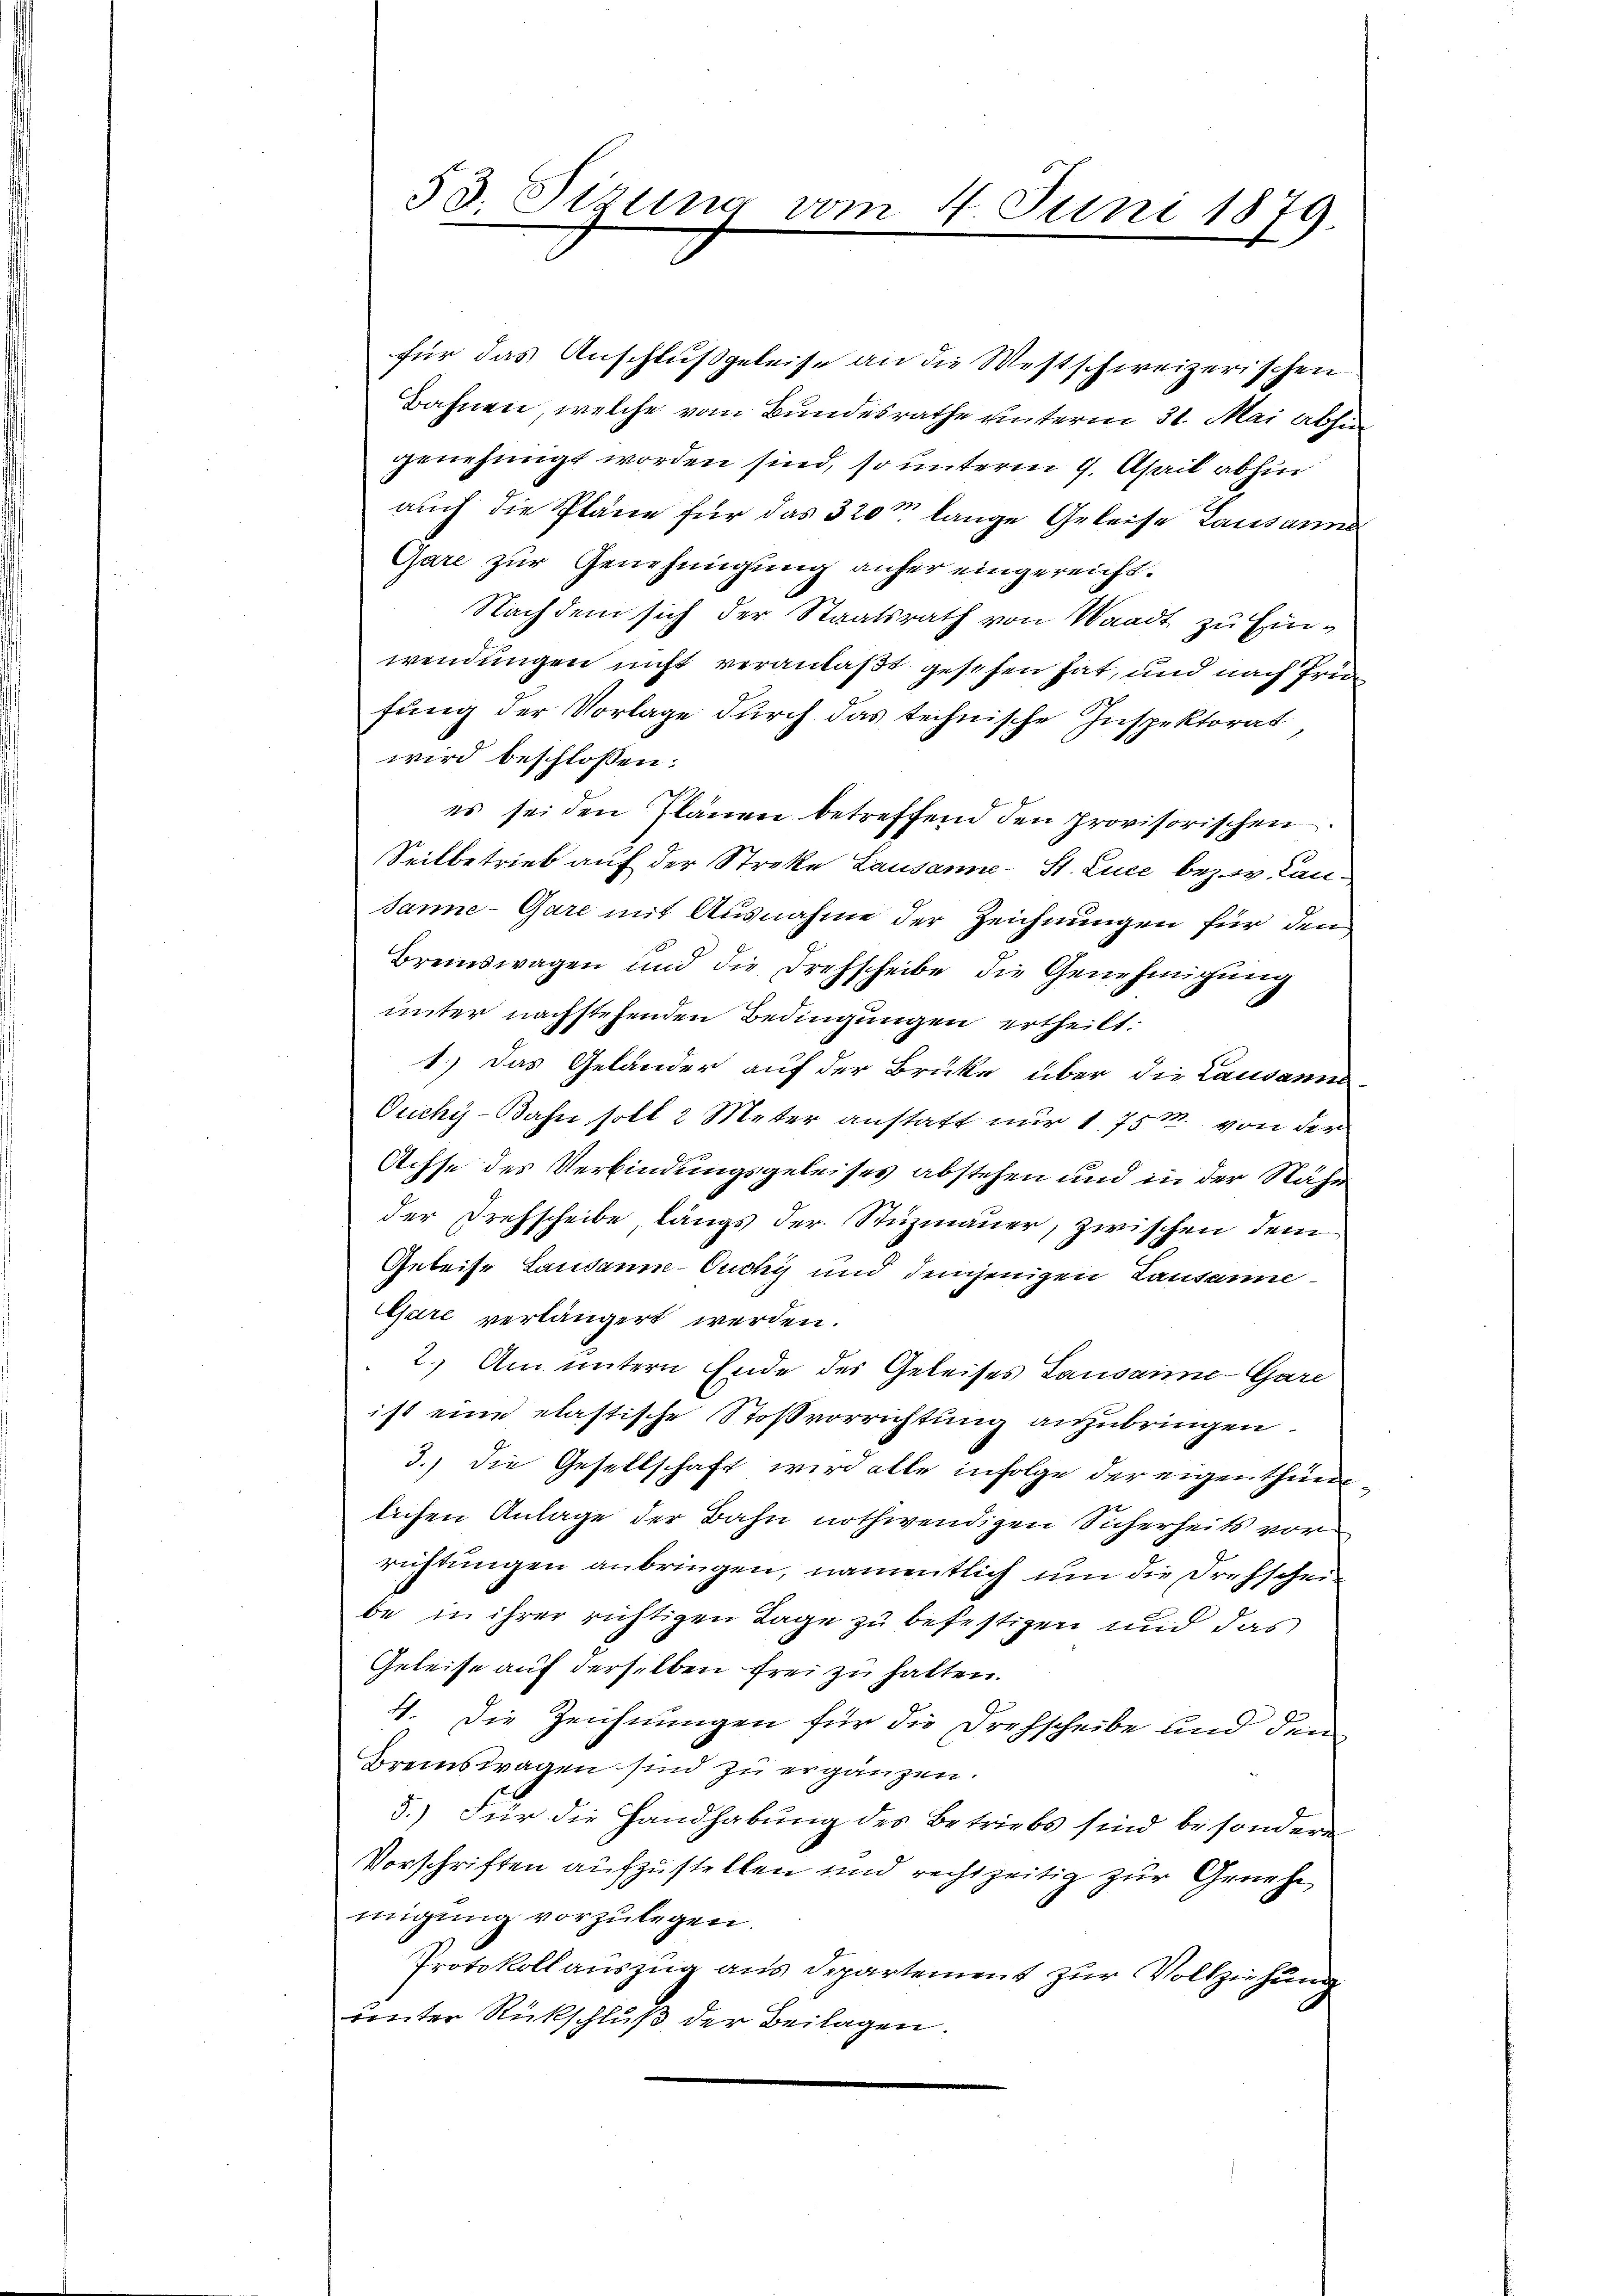
für das Anschluß geleise an die Westschweizerischen
Bahnen, welche vom Bundesrathe unterm 31. Mai abhin
genehmigt worden sind, so unterm 9. April abhin
auch die Pläne für das 320m lange Geleise Lausanne
Gare zur Genehmigung anher eingereicht.
Nachdem sich der Staatsrath von Waadt zu Einwendungen nicht veranlaßt gesehen hat, und nach Frie
fung der Vorlage durch das technische Inspektorat,
wird beschlossen:
es sei den Plänen betreffend den provisorischen
Seilbetrieb auf der Streke Lausanne - St. Luce bezw. Lan¬
Janne-Gare mit Ausnahme der Zeichnungen für den
Bremswagen und die Drehscheibe die Genehmigŭng
unter nachstehenden Bedingungen ertheilt.
1.) Das Geländer auf der Brüke über die Lausanne¬
Ouchy-Bahn soll 2 Meter anstatt nur 1751 von der
Achse des Verbindungsgeleises abstehen und in der Nähe
der Drehscheibe, längs der Stuzmauer, zwischen dem
Geleise Lausanne-Ouchy und demjenigen Lausanne
Gare verlängert werden.
2. Am untern Ende des Geleises Lausanne-Gare
ist eine elastische Stofvorrichtung anzubringen.
3.) Die Gesellschaft wird alle infolge der eigenthunlichen Anlage der Bahn nothwendigen Sicherheits vorrichtungen anbringen, namentlich um die Drehscheibe in ihrer richtigen Lage zu befestigen und das
Geleise auf derselben frei zu hatten.
4. Die Zeichnungen für die Drehscheibe und den
Bremswagen sind zu ergänzen.
5.) Für die Handhabung des Betriebs sind besondere
Vorschriften aufzustellen und rechtzeitig zur Genehe
migung vorzulegen.
Protokollauszug aus Departement zur Vollziehung
unter Rückschluß der Beilagen.

53. Sizung vom 4. Juni 1879